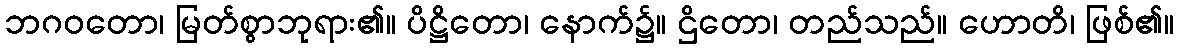
ဘဂဝတော၊ မြတ်စွာဘုရား၏။ ပိဋ္ဌိတော၊ နောက်၌။ ဌိတော၊ တည်သည်။ ဟောတိ၊ ဖြစ်၏။